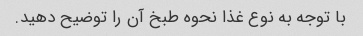
با توجه به نوع غذا نحوه طبخ آن را توضیح دهید.